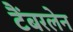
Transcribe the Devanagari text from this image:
टैंबरलेन